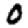
Digit: 0